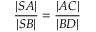
{ \frac { | S A | } { | S B | } } = { \frac { | A C | } { | B D | } }